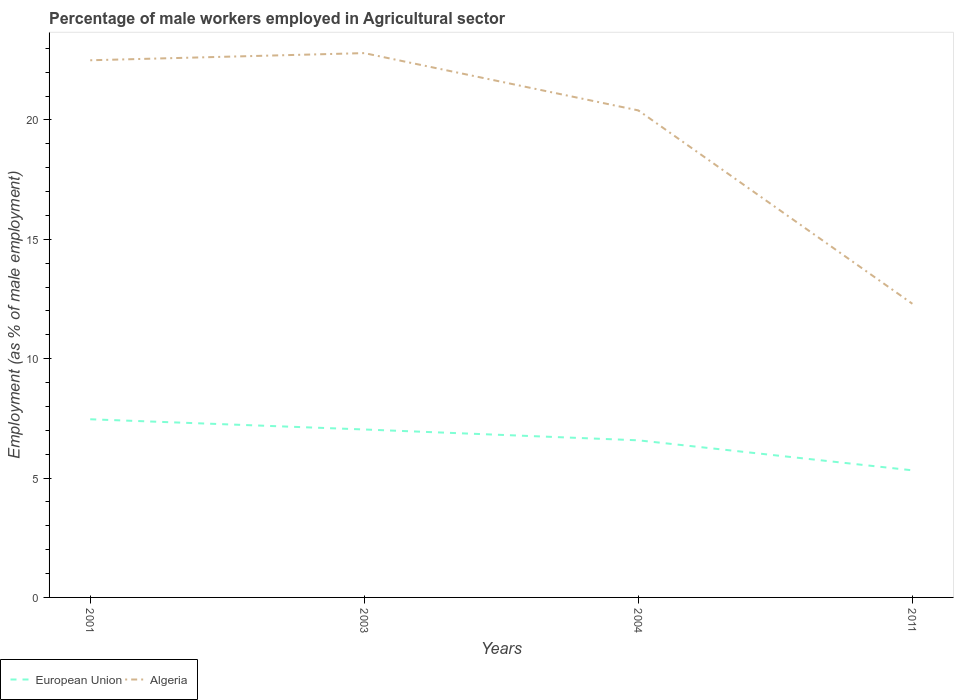
| Years | European Union | Algeria |
 | --- | --- | --- |
 | 2001 | 7.46 | 22.5 |
 | 2003 | 7.04 | 22.8 |
 | 2004 | 6.58 | 20.4 |
 | 2011 | 5.32 | 12.3 |